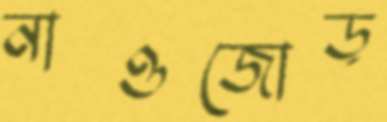
নাওজোড়